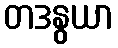
တဒနွယာ